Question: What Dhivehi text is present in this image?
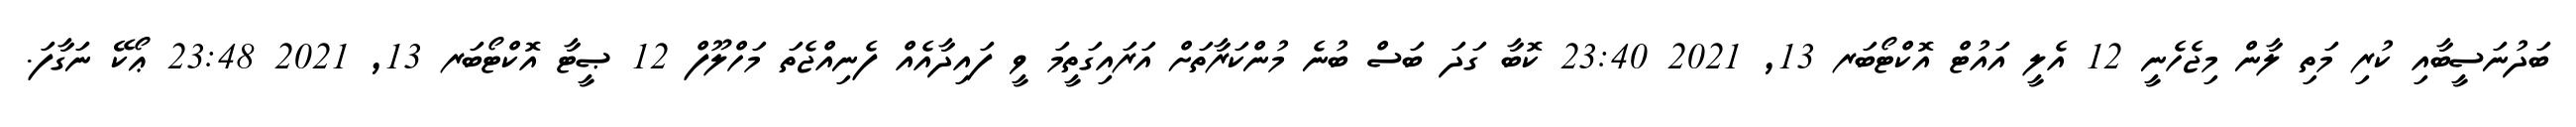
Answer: ބަދުނަސީބާއި ކުރި މަތި ލާން މިޖެހެނީ 12 އެލީ އައުޓް އޮކްޓޯބަރ 13, 2021 23:40 ކޮބާ ގަދަ ބަސް ބުނެ މުންކަރާތަށް އަރައިގަތީމަ ވީ ފައިދާއެއް ފެނިއްޖެތަ މަހްލޫފް 12 ޞީޓާ އޮކްޓޯބަރ 13, 2021 23:48 ޢޯކޭ ނަގާފަ.